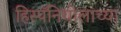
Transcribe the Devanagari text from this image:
हिस्पॅनियोलाच्या